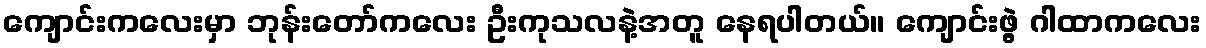
ကျောင်းကလေးမှာ ဘုန်းတော်ကလေး ဦးကုသလနဲ့အတူ နေရပါတယ်။ ကျောင်းဖွဲ့ ဂါထာကလေး